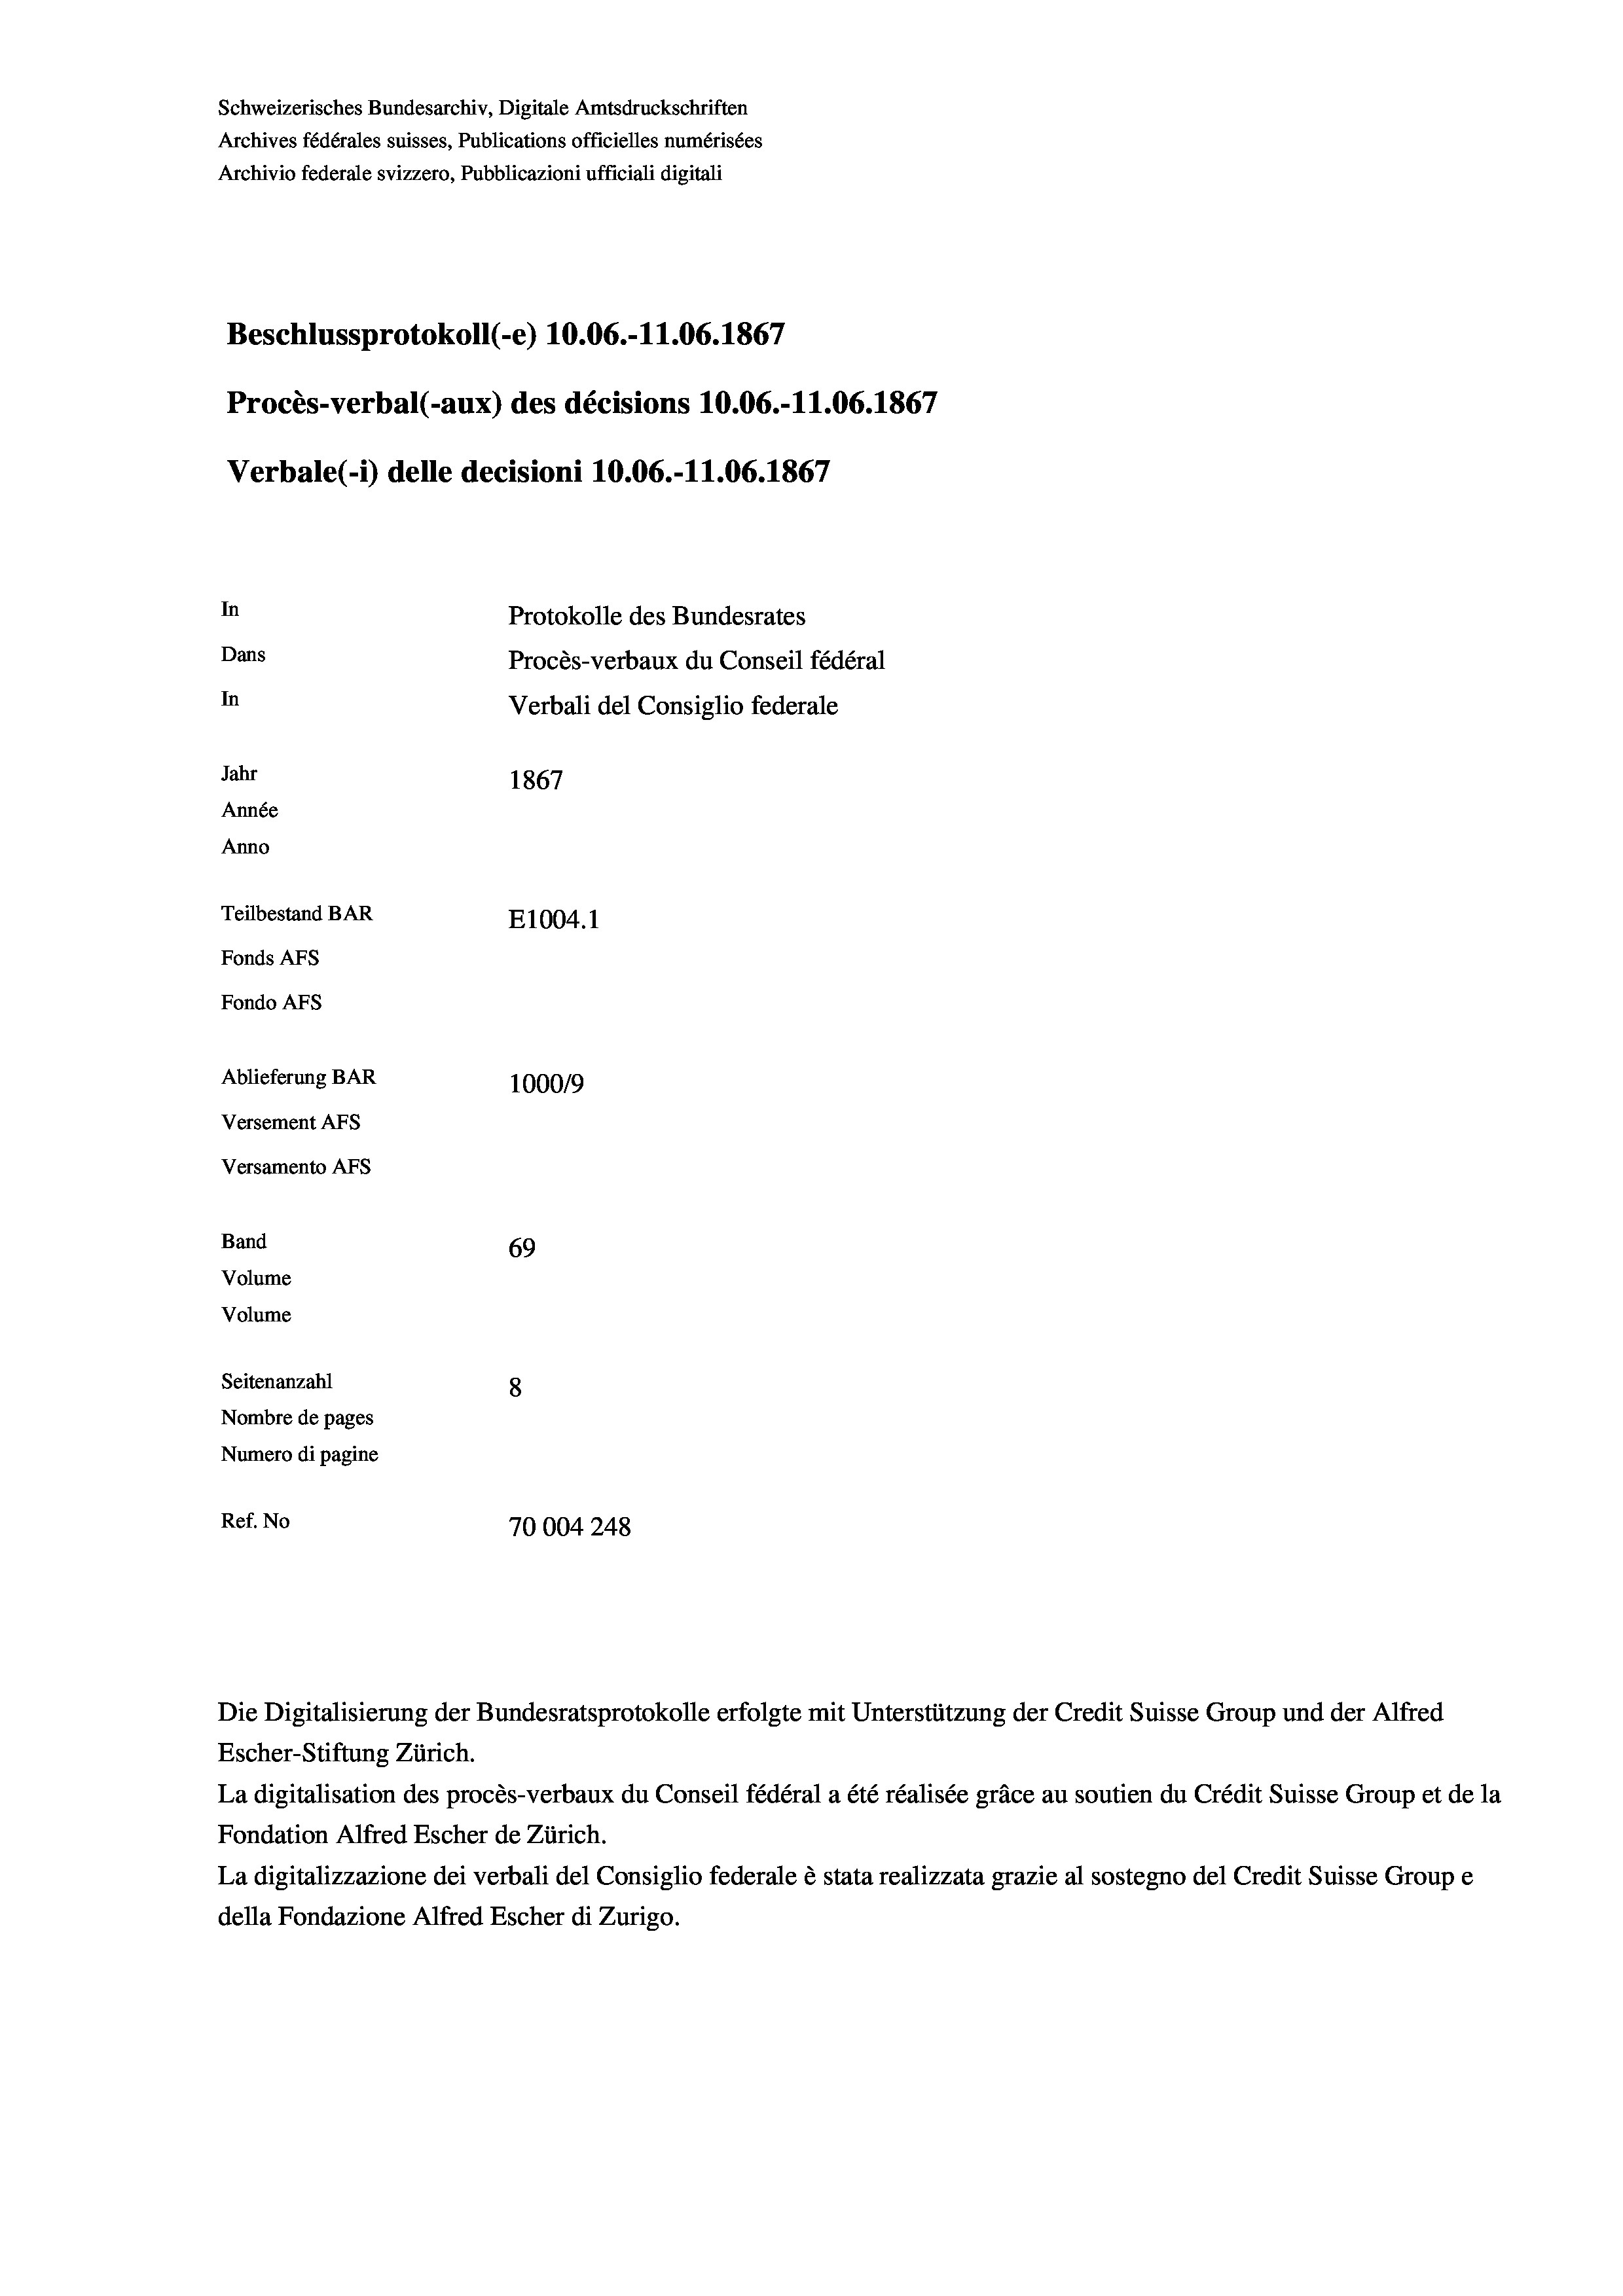
Schweizerisches Bundesarchiv, Digitale Amtsdruckschriften
Archives fédérales suisses, Publications officielles numérisées
Archivio federale svizzero, Pubblicazioni ufficiali digitali
Beschlussprotokoll (-e) 10.06.-11.06. 1867
Procès-verbal (-aux) des décisions 10.06.-11.06. 1867
Verbale (- 1) delle decisioni 10.06.-11.06. 1867
In
Protokolle des Bundesrates
Dans
Procès-verbaux du Conseil fédéral
In
Verbali del Consiglio federale
Jahr
1867
Année
Anno
Teilbestand BAR
E1004.1
Fonds AFs
Fondo Afs
Ablieferung BAR
100019
Versement AFs
Versamento AFs
Band
69

Seitenanzahl
8
Nombre de pages
Numero di pagine
Ref. No
70004248

Volume
Volume

Escher-Stiftung Zürich.
La digitalisation des procès-verbaux du Conseil fédéral a été réalisée gräce au soutien du Crédit Suisse Group et de la
Fondation Alfred Escher de Zürich.
La digitalizzazione dei verbali del Consiglio federale è stata realizzata grazie al sostegno del Credit Suisse Groupe
della Fondazione Alfred Escher di Zurigo.

Die Digitalisierung der Bundesratsprotokolle erfolgte mit Unterstützung der Credit Suisse Group und der Alfred